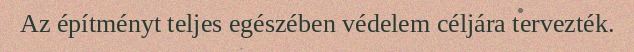
Az építményt teljes egészében védelem céljára tervezték.